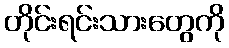
တိုင်းရင်းသားတွေကို